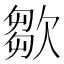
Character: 㱀